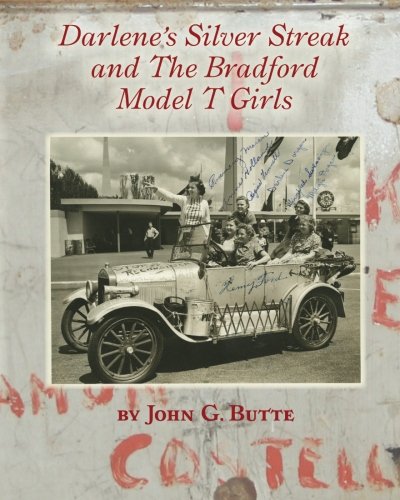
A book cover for Darlene's Silver Streak and The Bradford Model T Girls; John G. Butte; History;